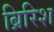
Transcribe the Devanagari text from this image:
ब्रिरिश